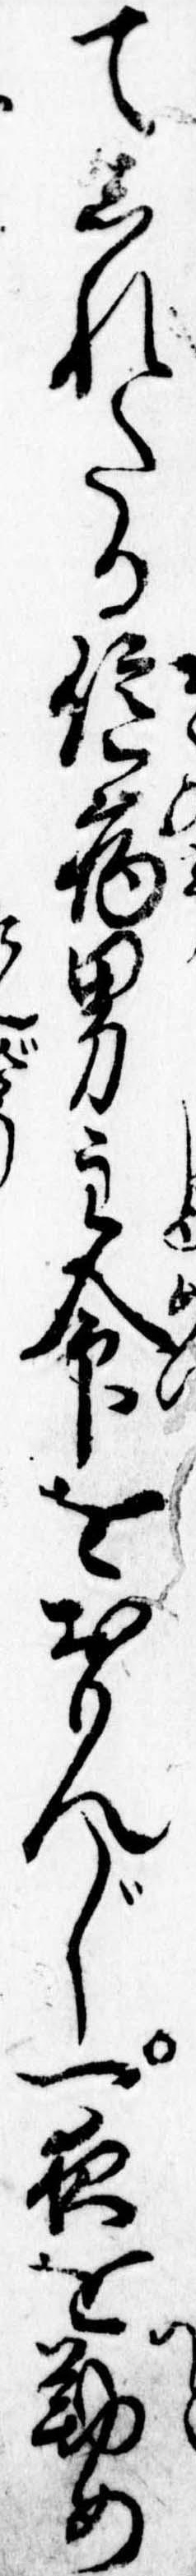
てしれたる臆病男主命をおもんじ一夜を勤め